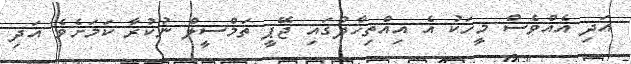
އަދި އެއްވެސް މީހަކު އެ އިއްތިހާދުގައި ޖޭޕީ ތަމްސީލް ނުކުރާ ކަމަށެވެ އަދި